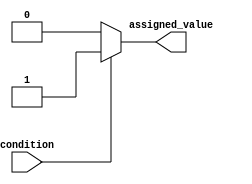
module Generate_Conditional_Assignment (
  input condition,
  output reg assigned_value
);

always @* begin
  if (condition == 1'b1) begin
    assigned_value = 1'b1;
  end else begin
    assigned_value = 1'b0;
  end
end

endmodule